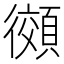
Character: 𫹨